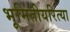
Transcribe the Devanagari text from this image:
भूमितीयरित्या